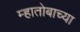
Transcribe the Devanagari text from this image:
म्हातोबाच्या